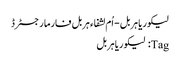
﻿ لیکوریا ہربل - اُم لشفاء ہربل فارما رجسٹرڈ
Tag: لیکوریا ہربل